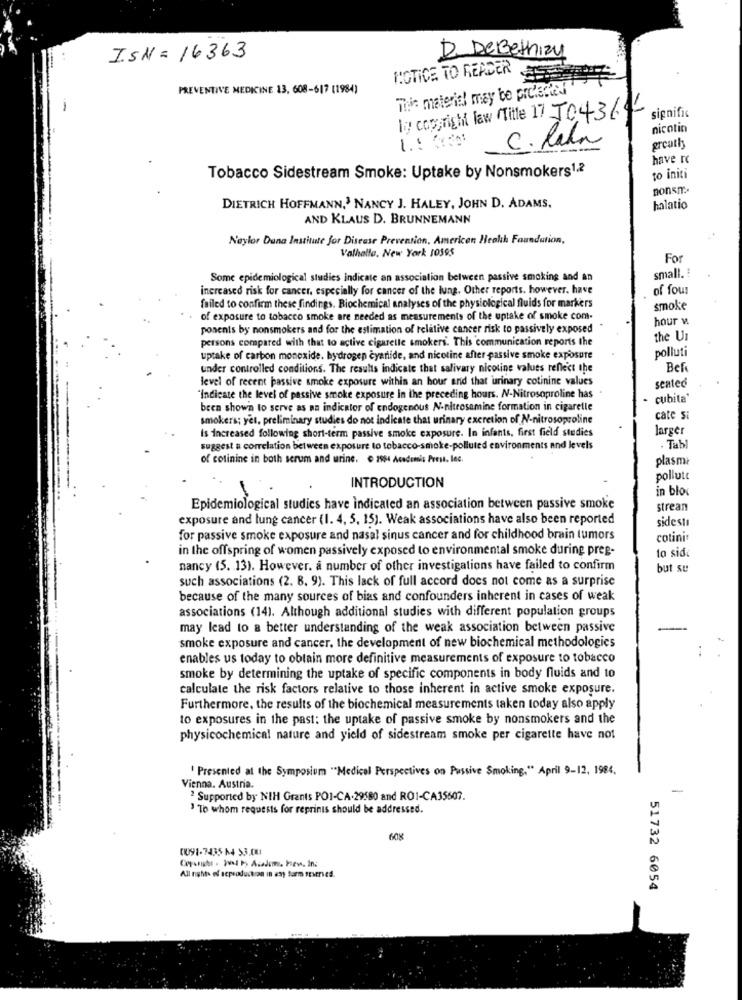
I.SN = 16363
D. DeBethizy
NOTICE TO READER
PREVENTIVE MEDICINE 13, 608-617 (1984)
This material may be pro'sdel
signifi
Ig copyright law Title 17 JO4364
nicotin
C. lala
greath
-
have rc
Tobacco Sidestream Smoke: Uptake by Nonsmokers1.2
to initi
nonsm.
DIETRICH HOFFMANN,3 NANCY J. HALEY, JOHN D. ADAMS.
halatio
AND KLAUS D. BRUNNEMANN
Naylor Duna Institute for Disease Prevention, American Health Foundation,
Valhalla. New York 10395
For
small. :
Some epidemiological studies indicate an association between passive smoking and an
increased risk for cancer, especially for cancer of the lung. Other reports. however, have
of four
failed to confirm these findings. Biochemical analyses of the physiological fluids for markers
smoke
. of exposure to tobacco smoke are needed as measurements of the uptake of smoke com-
hour v.
posents by nonsmokers and for the estimation of relative cancer risk to passively exposed
persons compared with that to active cigarelle smokers. This communication reports the
the UI
uptake of carbon monoxide. bydrogen cyanide, and nicotine after passive smoke exposure
polluti
under controlled conditions. The results indicate that salivary nicotine values reflect the
Bef
level of recent passive smoke exposure within an hour and that urinary cotinine values
seated
"Indicate the level of passive smoke exposure in the preceding hours. N-Nitrosoproline has
cubita'
been shown to serve as an indicator of endogenous N-nitrosamine formation in cigaretle
smokers; yet, preliminary studies do not indicate that urinary excretion of N-nitrosoproline
cate si
is increased following short-term passive smoke exposure. In infants, first field studies
larger
suggest a correlation between exposure to tobacco-smoke-polluted environments and levels
. Tabl
of cotinine in both serum and urine. @ 2964 Academic Press, lec.
plasmi
INTRODUCTION
pollute
in blox
Epidemiological studies have indicated an association between passive smoke
strean
exposure and lung cancer (1. 4, 5, 15). Weak associations have also been reported
sidesti
for passive smoke exposure and nasal sinus cancer and for childhood brain tumors
cotini
in the offspring of women passively exposed to environmental smoke during preg-
to sid
nancy (5. 13). However. a number of other investigations have failed to confirm
but su
such associations (2. B. 9). This lack of full accord does not come as a surprise
because of the many sources of bias and confounders inherent in cases of weak
associations (14). Although additional studies with different population groups
may lead to a better understanding of the weak association between passive
smoke exposure and cancer, the development of new biochemical methodologies
enables us today to obtain more definitive measurements of exposure to tobacco
smoke by determining the uptake of specific components in body fluids and 10
calculate the risk factors relative to those inherent in active smoke exposure.
Furthermore, the results of the biochemical measurements taken today also apply
to exposures in the past: the uptake of passive smoke by nonsmokers and the
physicochemical nature and yield of sidestream smoke per cigarette have not
' Presented at the Symposium "Medical Perspectives on Passive Smoking," April 9-12, 1984.
Vienna, Austria.
-
2 Supported by NIH Grants POI-CA.29580 and RO1-CA35607.
' To whom requests for reprints should be addressed.
608
0091-7435 14 53.001
All night of scproduction in any form seseries.
51732 6054